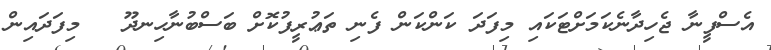
އެސްފީނާ ޖެހިދާނެކަމަށްޓަކައި މިފަދަ ކަންކަން ފެނި ތަޢުރީފުކޮށް ބަސްބުނާހިނދޫ   މިފަދައިން